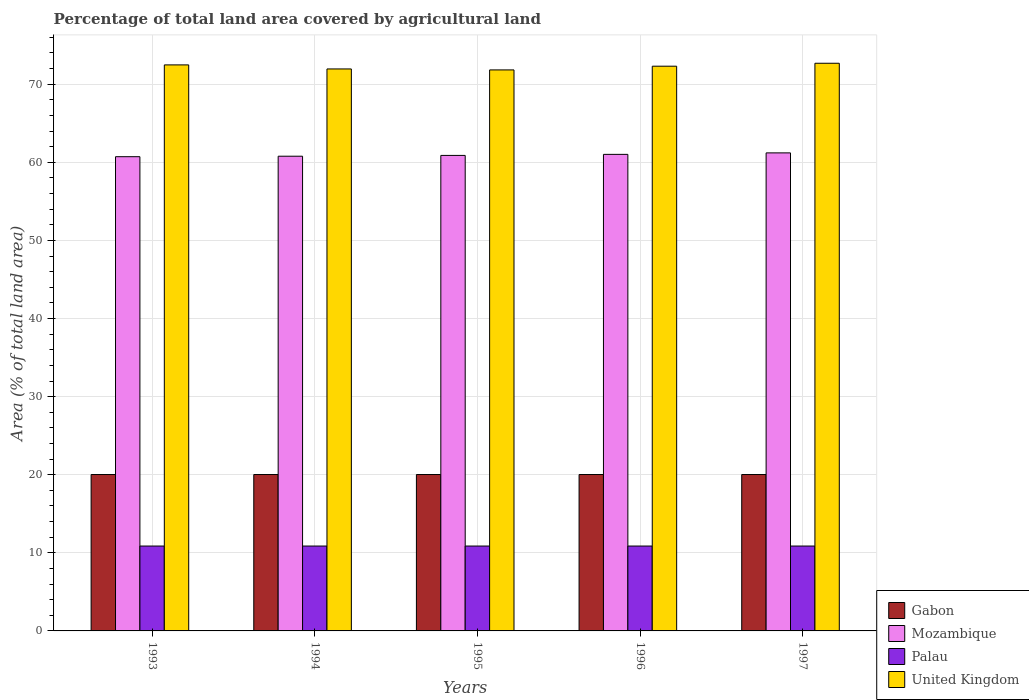
| Years | Gabon | Mozambique | Palau | United Kingdom |
 | --- | --- | --- | --- | --- |
 | 1993 | 20 | 60.7 | 10.9 | 72.5 |
 | 1994 | 20 | 60.8 | 10.9 | 72 |
 | 1995 | 20 | 60.9 | 10.9 | 71.8 |
 | 1996 | 20 | 61 | 10.9 | 72.3 |
 | 1997 | 20 | 61.2 | 10.9 | 72.7 |